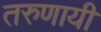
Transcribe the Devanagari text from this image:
तरुणायी